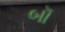
બૉ